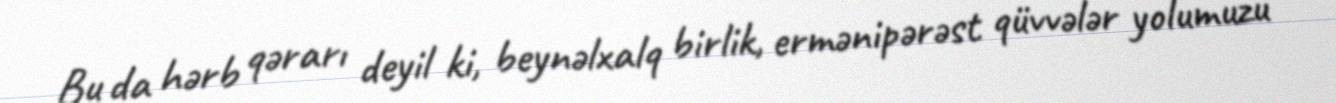
Bu da hərb qərarı deyil ki, beynəlxalq birlik, ermənipərəst qüvvələr yolumuzu